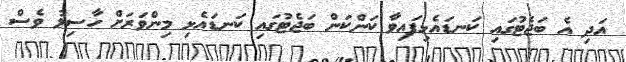
އަދި އެ ބަޖެޓުގައި ކަނޑައެޅިފައިވާ ކަންކަން ބަޖެޓުގައި ކަނޑައެޅި މިންވަރަށް ހާސިލު ވެސް